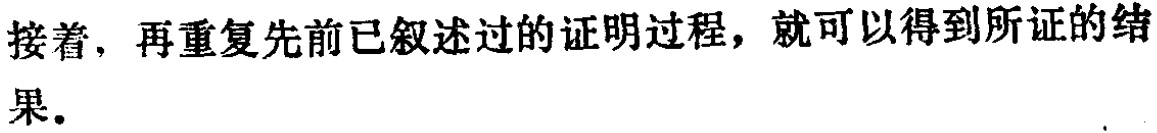
接着，再重复先前已叙述过的证明过程，就可以得到所证的结果。